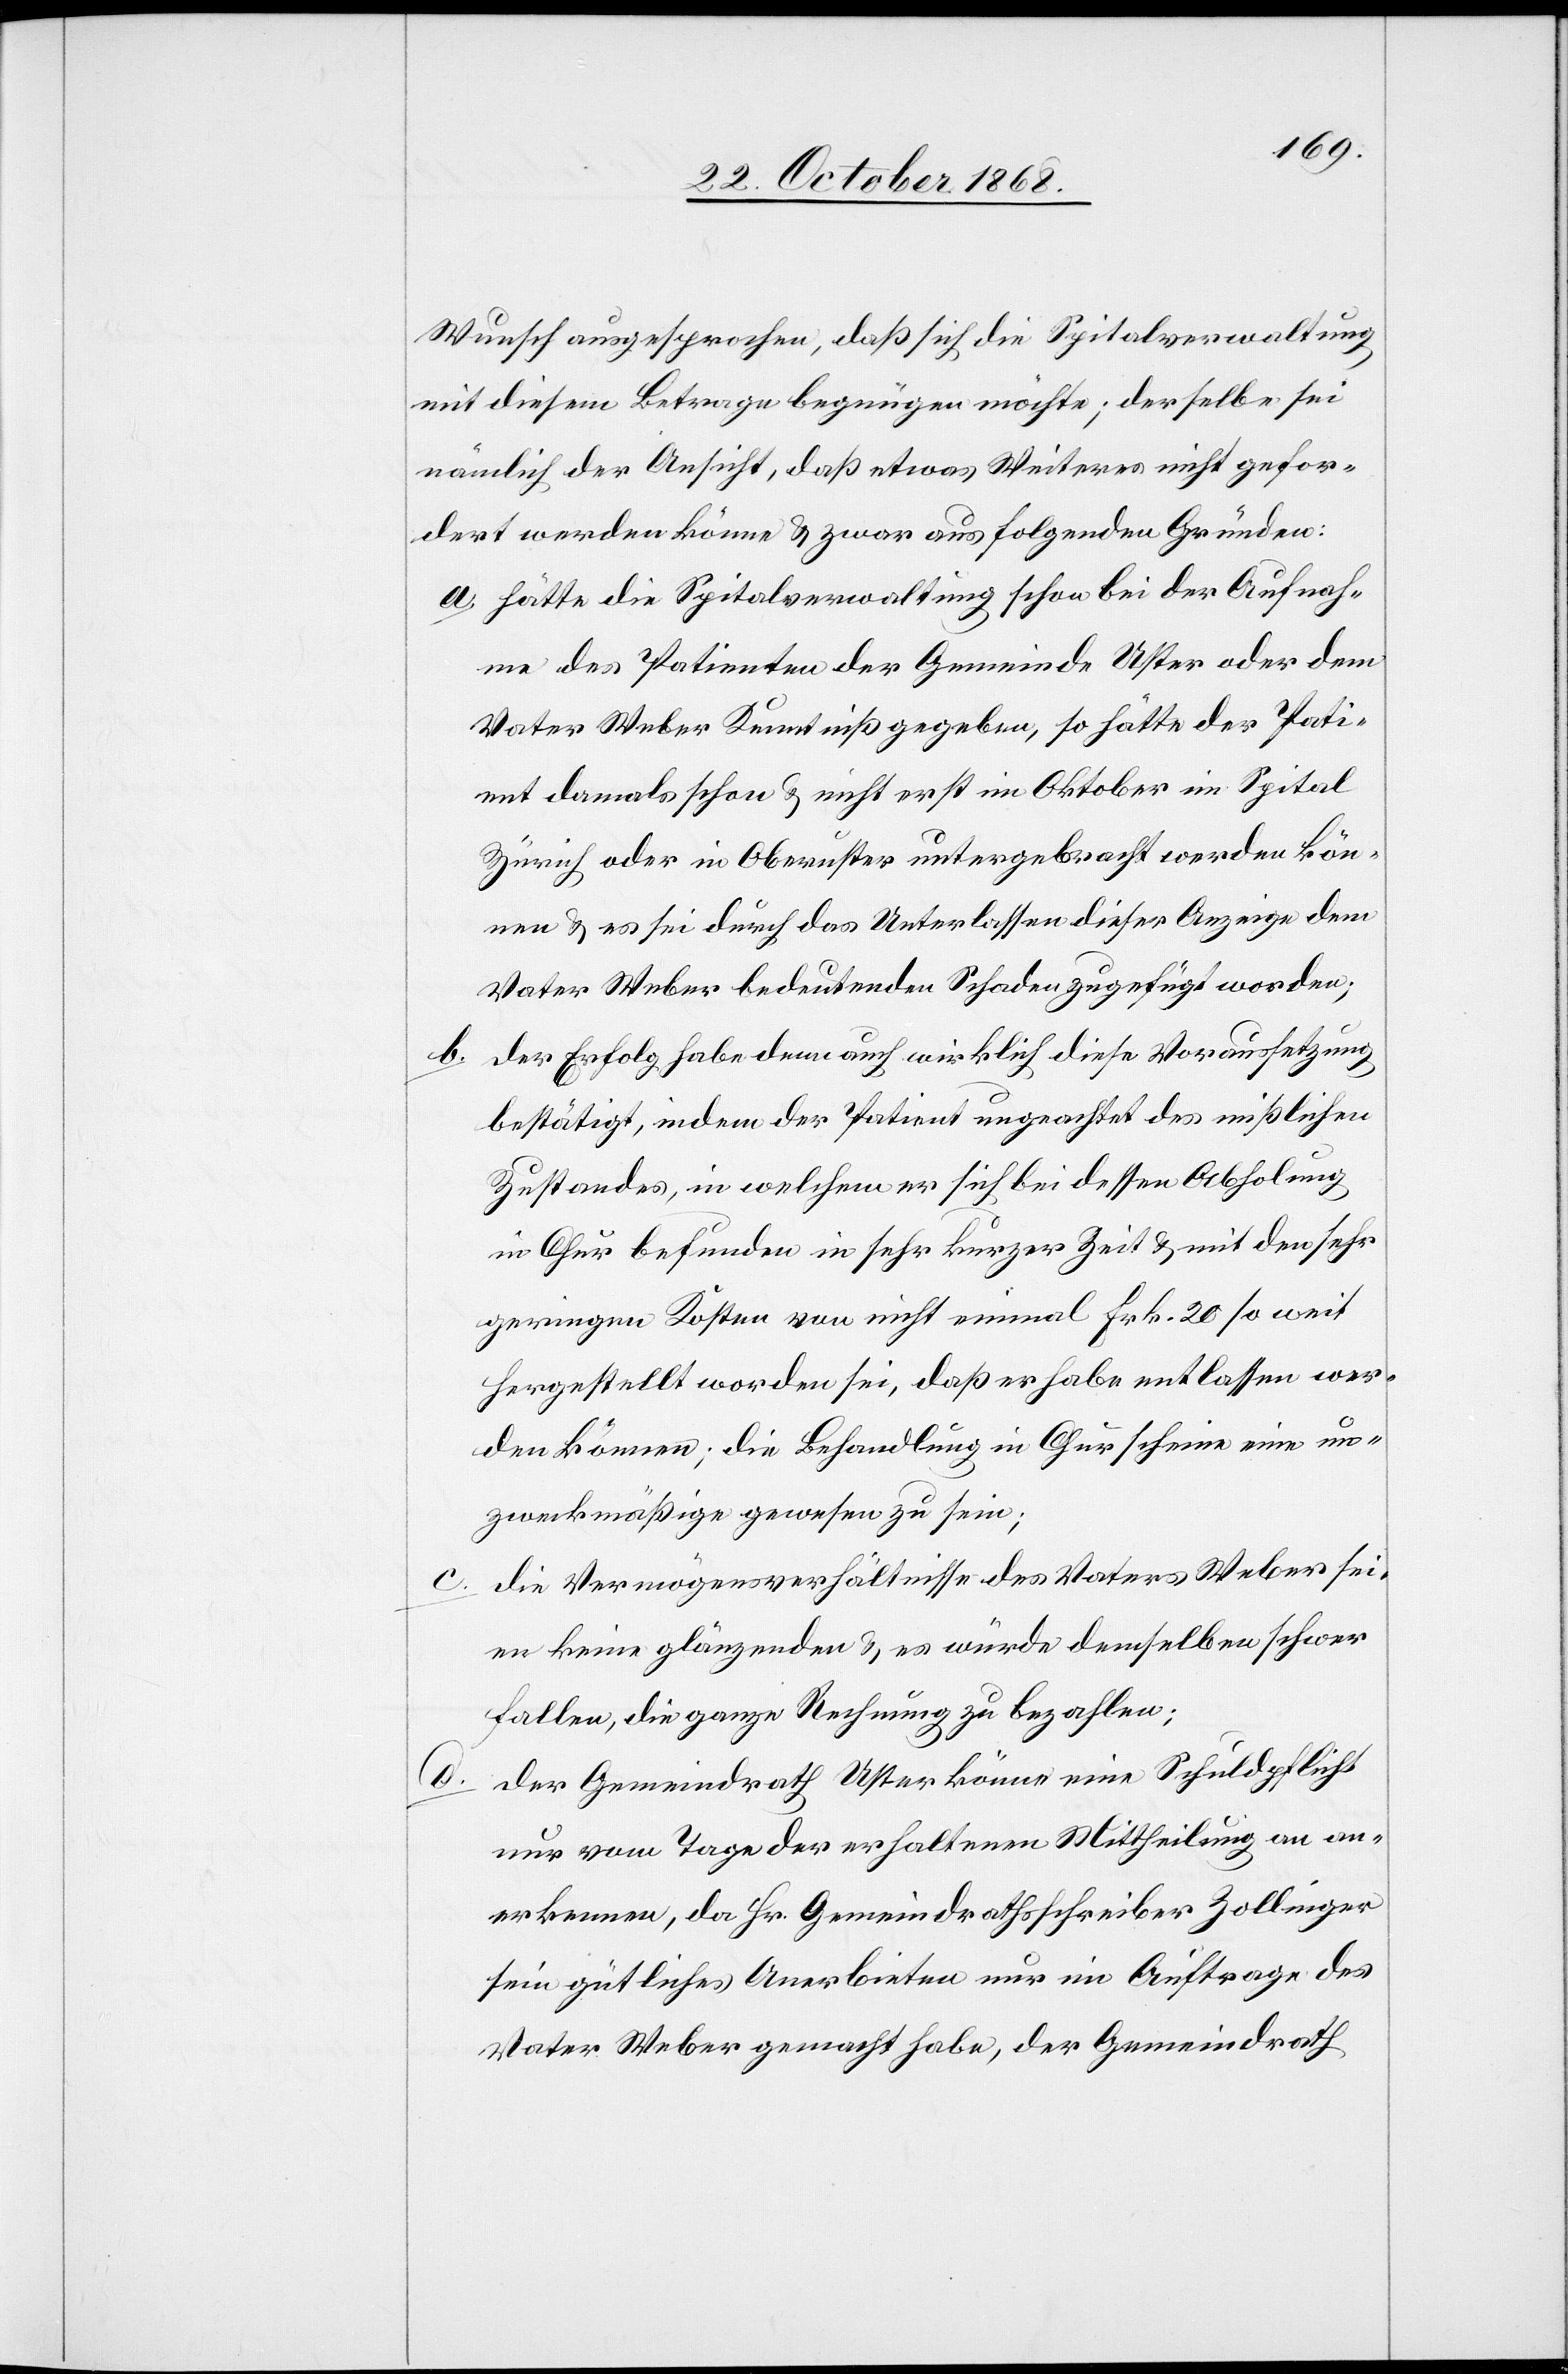
Wunsch ausgesprochen, daß sich die Spitalverwaltung
mit diesem Betrage begnügen möchte; derselbe sei
nämlich der Ansicht, daß etwas Weiteres nicht gefor¬
dert werden könne & zwar aus folgenden Gründen:
hätte die Spitalverwaltung schon bei der Aufnah¬
me des Patienten der Gemeinde Uster oder dem
Vater Weber Kenntniß gegeben, so hätte der Pati¬
ent damals schon & nicht erst im Oktober im Spital
Zürich oder in Oberuster untergebracht werden kön¬
nen & es sei durch das Unterlassen dieser Anzeige dem
Vater Weber bedeutenden Schaden zugefügt worden;
der Erfolg habe denn auch wirklich diese Voraussetzung
bestätigt, indem der Patient ungeachtet des mißlichen
Zustandes, in welchem er sich bei dessen Abholung
in Chur befunden in sehr kurzer Zeit & mit den sehr
geringen Kosten von nicht einmal Frk. 20 so weit
hergestellt worden sei, daß er habe entlassen wer¬
den können; die Behandlung in Chur scheine eine un¬
zweckmäßige gewesen zu sein;
die Vermögensverhältnisse des Vaters Weber sei¬
en keine glänzenden & es würde demselben schwer
fallen, die ganze Rechnung zu bezahlen;
der Gemeindrath Uster könne eine Schuldpflicht
nur vom Tage der erhaltenen Mittheilung an an¬
erkennen, da Hr. Gemeindrathsschreiber Zollinger
sein gütliches Anerbieten nur im Auftrage des
Vater Weber gemacht habe, der Gemeindrath